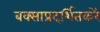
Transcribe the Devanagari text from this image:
बक्साप्रदर्शितकरें